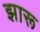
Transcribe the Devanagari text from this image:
झारू